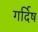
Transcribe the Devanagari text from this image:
गर्दिष